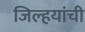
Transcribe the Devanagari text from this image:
जिल्हयांची